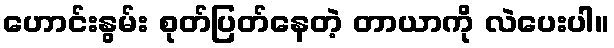
ဟောင်းနွမ်း စုတ်ပြတ်နေတဲ့ တာယာကို လဲပေးပါ။